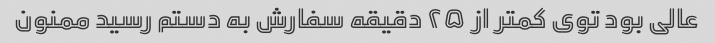
عالی بود توی کمتر از ۲۵ دقیقه سفارش به دستم رسید ممنون